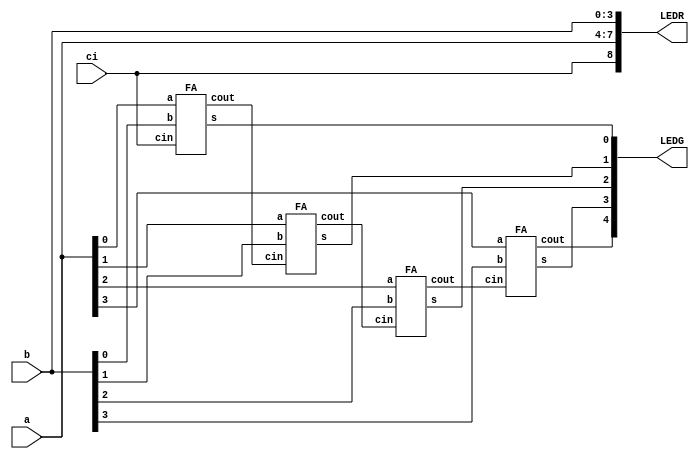
module L4part3(a,b,ci,LEDG,LEDR);
	
	//connecnt input LEDR output LEDG
	input [3:0]a,b; //4-bit input
	input ci; //carry-in
	output [8:0]LEDR;
	output [4:0]LEDG;
	
	wire c1, c2, c3, co; //cout
	
	wire [3:0]s; //5-bit output but because of s[4] = co, define 4-bit
	assign LEDR[7:4] = a;
	assign LEDR[3:0] = b;
	assign LEDR[8] = ci;
	assign LEDG[3:0] = s;
	assign LEDG[4] = co; //co = s[4]
	
	FA F1(a[0],b[0],ci,s[0],c1);//cin = ci cout = c1
	FA F2(a[1],b[1],c1,s[1],c2);//cin = c1 cout = c2
	FA F3(a[2],b[2],c2,s[2],c3);//cin = c2 cout = c3
	FA F4(a[3],b[3],c3,s[3],co);//cin = c3 cout = c4
	
endmodule

module FA(a,b,cin,s,cout); //full-adder module

	input a,b,cin;
	output s,cout;
	
	assign cout = (b & cin) | (a & cin) | (a & b); //assign cout
	assign s = a ^ b ^ cin; //assign s
	
endmodule